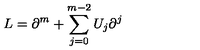
L = \partial ^ { m } + \sum _ { j = 0 } ^ { m - 2 } U _ { j } \partial ^ { j }